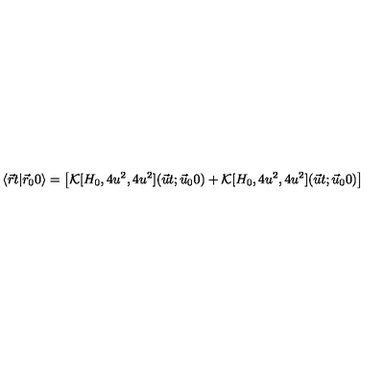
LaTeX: \langle \vec { r } t \vert \vec { r } _ { 0 } 0 \rangle = \bigl [ { \cal K } [ H _ { 0 } , 4 u ^ { 2 } , 4 u ^ { 2 } ] ( \vec { u } t ; \vec { u } _ { 0 } 0 ) + { \cal K } [ H _ { 0 } , 4 u ^ { 2 } , 4 u ^ { 2 } ] ( \vec { u } t ; \vec { u } _ { 0 } 0 ) \bigr ]